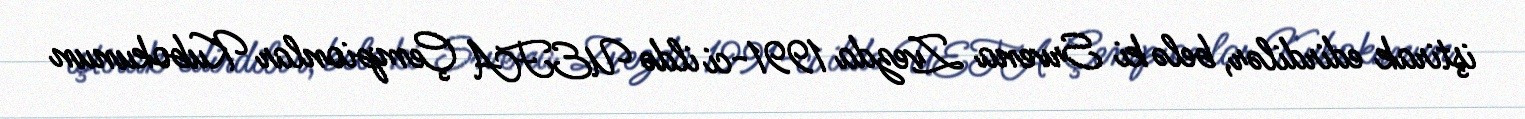
iştirak edirdilər, belə ki Srvena Zvezda 1991-ci ildə UEFA Çempionlar Kubokunun